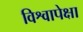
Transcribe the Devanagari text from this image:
विश्वापेक्षा